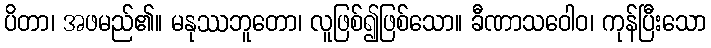
ပိတာ၊ အဖမည်၏။ မနုဿဘူတော၊ လူဖြစ်၍ဖြစ်သော။ ခီဏာသဝေါဝ၊ ကုန်ပြီးသော